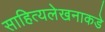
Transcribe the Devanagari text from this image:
साहित्यलेखनाकडे